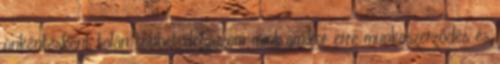
önkéntesként talán többet dolgozom mint amikor erre munkaszerződés és